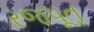
રજપૂતૢ